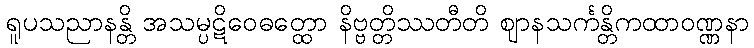
ရူပသညာနန္တိ အသမ္ပဋိဝေဓတ္ထော နိဗ္ဗတ္တိဿတီတိ ဈာနသင်္ကန္တိကထာဝဏ္ဏနာ